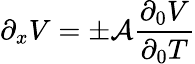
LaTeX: \partial_{x}V=\pm\mathcal{A}{\frac{{\partial_{0}V}}{{\partial_{0}T}}}